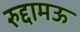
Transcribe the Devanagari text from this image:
रुद्दामऊ